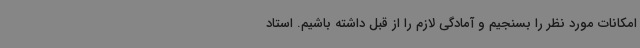
امکانات مورد نظر را بسنجیم و آمادگی لازم را از قبل داشته باشیم. استاد